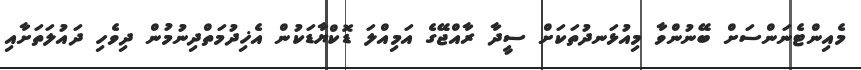
މެއިންޓެނަންސަށް ބޭނުންވާ މިއުޅަނދުތަކަށް ސީދާ ރާއްޖޭގެ އަމިއްލަ ޑޮކްޔާޑަކުން އެޚިދުމަތްދިނުމުން ދިވެހި ދައުލަތަށާއި